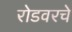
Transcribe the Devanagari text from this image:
रोडवरचे